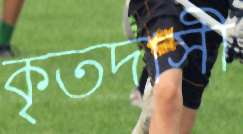
কৃতদাসী